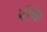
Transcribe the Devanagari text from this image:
ढाँचे।